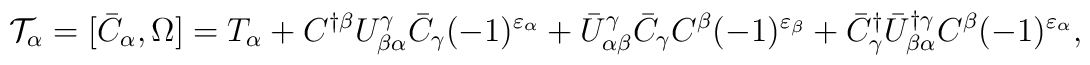
{\cal T}_\alpha=[\bar{C}_\alpha,\Omega]=T_\alpha+C^{\dagger\beta}U^\gamma_{\beta\alpha}\bar{C}_\gamma(-1)^{\varepsilon_\alpha}+\bar{U}^\gamma_{\alpha\beta}\bar{C}_\gamma C^\beta(-1)^{\varepsilon_\beta}+\bar{C}^\dagger_\gamma\bar{U}^{\dagger\gamma}_{\beta\alpha}C^\beta(-1)^{\varepsilon_\alpha},